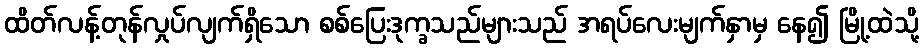
ထိတ်လန့်တုန်လှုပ်လျက်ရှိသော စစ်ပြေးဒုက္ခသည်များသည် အရပ်လေးမျက်နှာမှ နေ၍ မြို့ထဲသို့